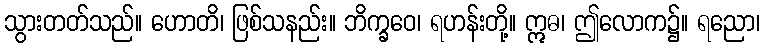
သွားတတ်သည်။ ဟောတိ၊ ဖြစ်သနည်း။ ဘိက္ခဝေ၊ ရဟန်းတို့။ ဣဓ၊ ဤလောက၌။ ရညော၊